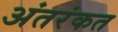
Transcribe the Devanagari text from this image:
अंतरंकत